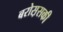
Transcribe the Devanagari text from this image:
बरोस़सकी